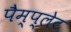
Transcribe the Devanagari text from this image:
पैम्प्लेट